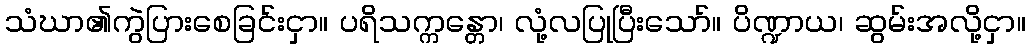
သံဃာ၏ကွဲပြားစေခြင်းငှာ။ ပရိသက္ကန္တော၊ လုံ့လပြုပြီးသော်။ ပိဏ္ဍာယ၊ ဆွမ်းအလို့ငှာ။